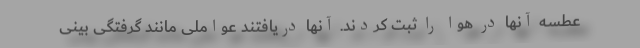
عطسه آنها در هوا را ثبت کردند. آنها دریافتند عواملی مانند گرفتگی بینی